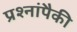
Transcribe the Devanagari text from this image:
प्रश्नांपैकी